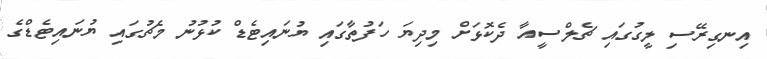
އިނގިރޭސި ލީގުގައި ޗެލްސީއާ ދެކޮޅަށް މިދިޔަ ހަފުތާގައި ޔުނައިޓެޑް ކުޅުނު މެޗުގައި ޔުނައިޓެޑްގެ